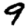
Digit: 9